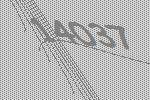
14037